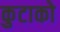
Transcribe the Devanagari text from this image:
कुटाको